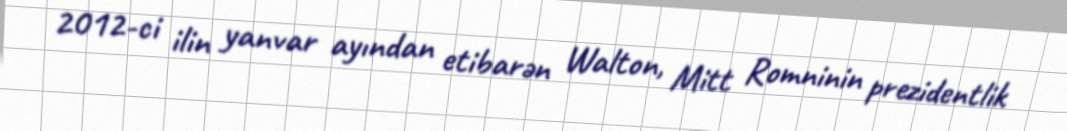
2012-ci ilin yanvar ayından etibarən Walton, Mitt Romninin prezidentlik